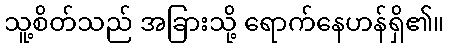
သူ့စိတ်သည် အခြားသို့ ရောက်နေဟန်ရှိ၏။